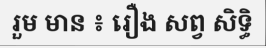
រួម មាន ៖ រឿង សព្វ សិទ្ធិ